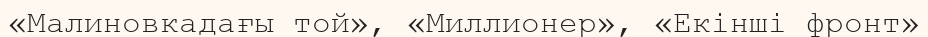
«Малиновкадағы той», «Миллионер», «Екінші фронт»